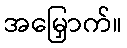
အမြှောက်။